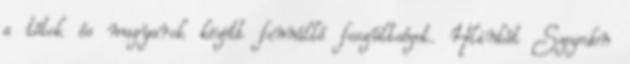
a tótok és magyarok között fennálló feszültséget. Hlinkát Szegeden